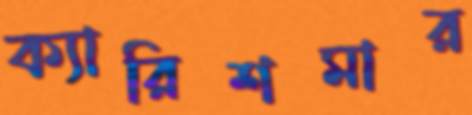
ক্যারিশমার